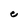
Character: C